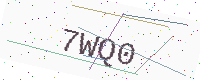
Text: 7WQ0